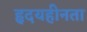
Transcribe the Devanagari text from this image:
हृदयहीनता